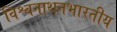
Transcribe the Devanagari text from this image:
विश्वनाथनभारतीय